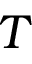
T